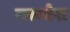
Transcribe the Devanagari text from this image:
मरमोरा